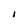
Character: l